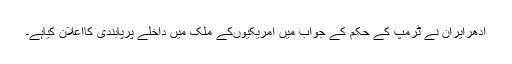
ادھرایران نے ٹرمپ کے حکم کے جواب میں امریکیوںکے ملک میں داخلے پرپابندی کااعلان کیاہے۔